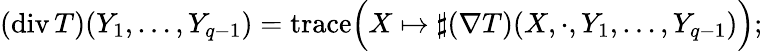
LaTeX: (\operatorname{div}T)(Y_{1},\ldots,Y_{q-1})={\operatorname{trace}}{\Big(}X\mapsto\sharp(\nabla T)(X,\cdot,Y_{1},\ldots,Y_{q-1}){\Big)};